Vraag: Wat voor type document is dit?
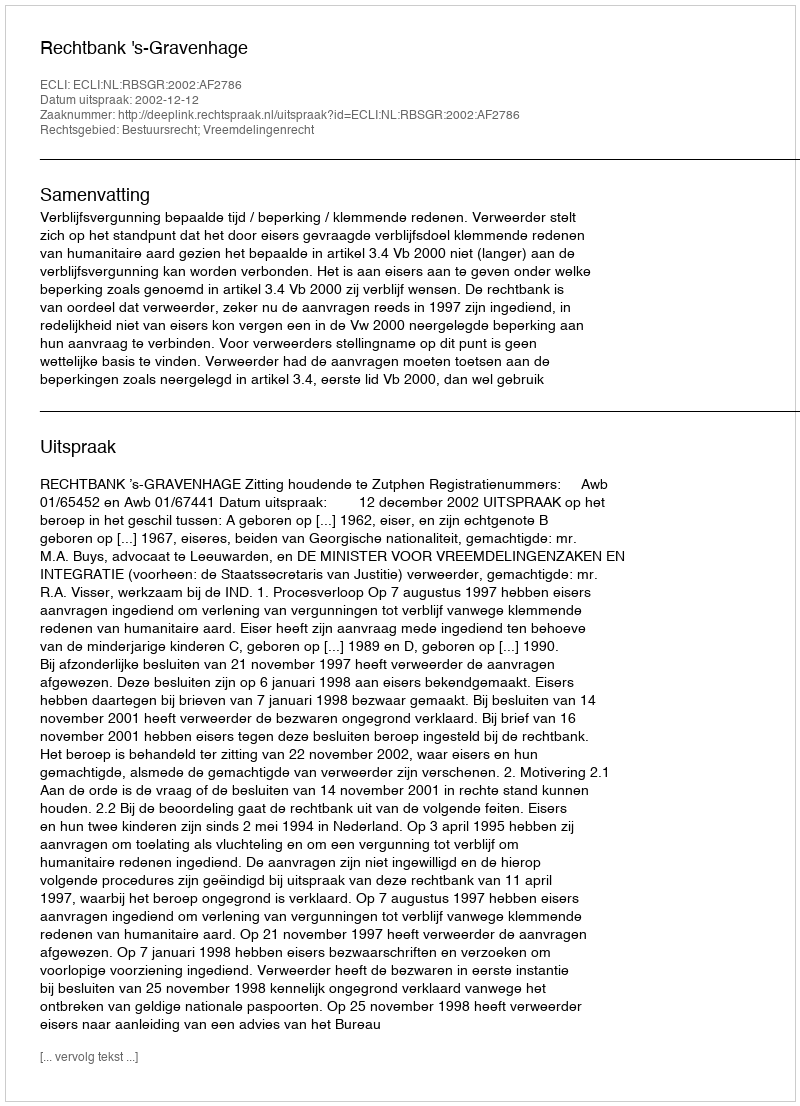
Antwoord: Uitspraak